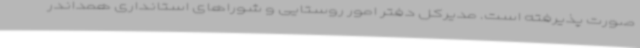
صورت پذیرفته است. مدیرکل دفتر امور روستایی و شوراهای استانداری همداندر